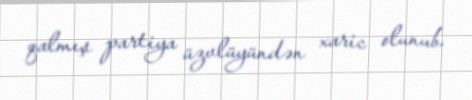
qalmış partiya üzvlüyündən xaric olunub.